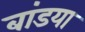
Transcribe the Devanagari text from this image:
बांडया